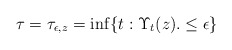
\begin{align*} \tau = \tau_{\epsilon,z} = \inf\{t: \Upsilon_t(z). \leq \epsilon\} \end{align*}